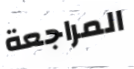
المراجعة